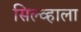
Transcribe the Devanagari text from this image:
सिल्व्हाला